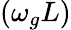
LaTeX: (\omega_{g}L)